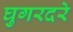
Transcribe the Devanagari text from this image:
घुगरदरे